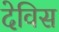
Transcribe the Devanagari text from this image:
देविस